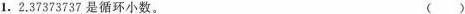
1.2.37373737是循环小数。（）